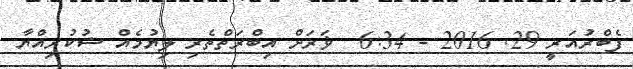
ފެބްރުއަރީ 29